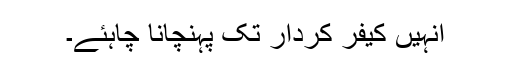
انہیں کیفر کردار تک پہنچانا چاہئے۔